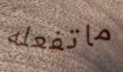
ماتفعله